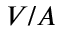
V / A